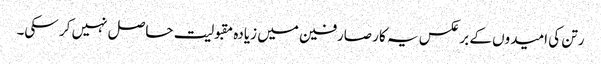
رتن کی امیدوں کے برعکس یہ کار صارفین میں زیادہ مقبولیت حاصل نہیں کر سکی۔